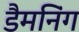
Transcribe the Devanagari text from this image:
डैमनिंग